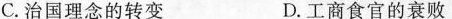
C.治国理念的转变 D.工商食官的衰败